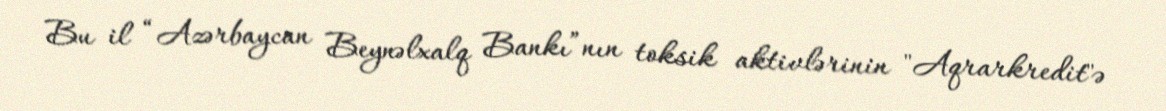
Bu il “Azərbaycan Beynəlxalq Bankı”nın toksik aktivlərinin "Aqrarkredit"ə